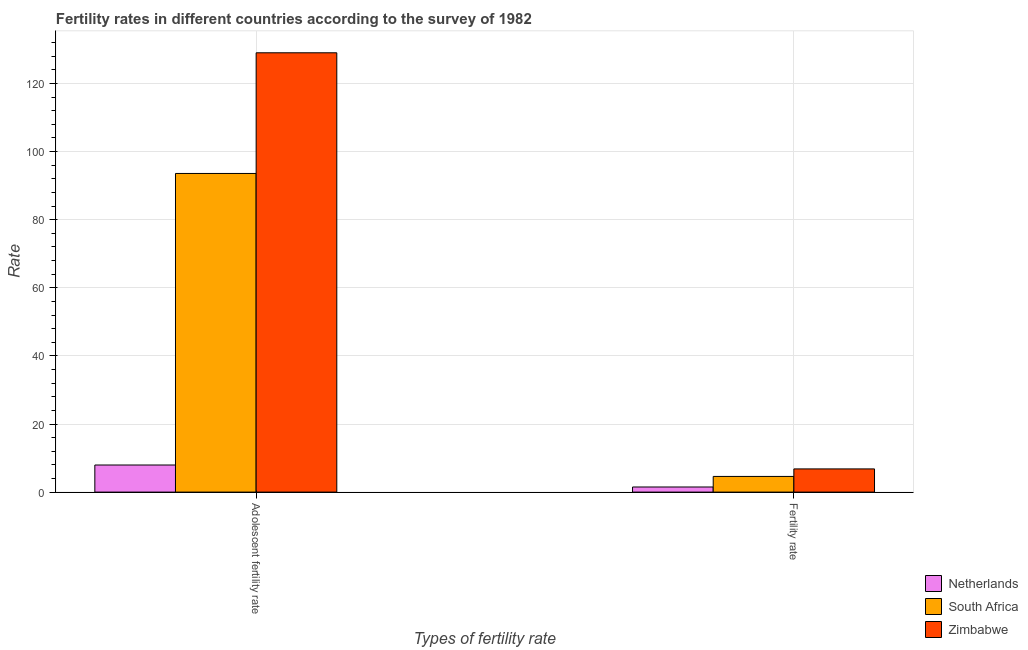
| Types of fertility rate | Netherlands | South Africa | Zimbabwe |
 | --- | --- | --- | --- |
 | Adolescent fertility rate | 7.96 | 93.6 | 129 |
 | Fertility rate | 1.5 | 4.6 | 6.81 |